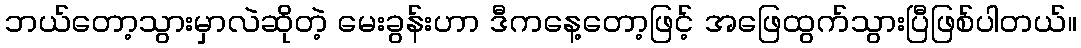
ဘယ်တော့သွားမှာလဲဆိုတဲ့ မေးခွန်းဟာ ဒီကနေ့တော့ဖြင့် အဖြေထွက်သွားပြီဖြစ်ပါတယ်။